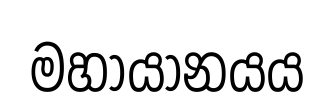
මහායානයය